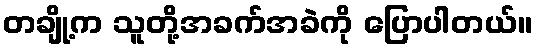
တချို့က သူတို့အခက်အခဲကို ပြောပါတယ်။